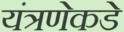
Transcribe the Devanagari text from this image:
यंत्रणेकडे